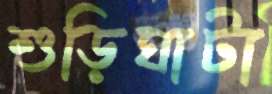
শুড়িঘাটা